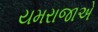
યમરાજાએ